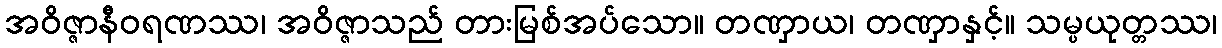
အဝိဇ္ဇာနီဝရဏဿ၊ အဝိဇ္ဇာသည် တားမြစ်အပ်သော။ တဏှာယ၊ တဏှာနှင့်။ သမ္ပယုတ္တဿ၊